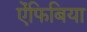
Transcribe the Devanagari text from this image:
ऐंफिबिया